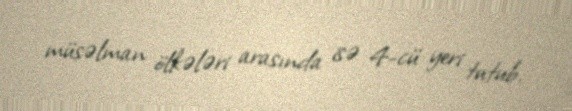
müsəlman ölkələri arasında isə 4-cü yeri tutub.